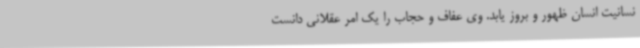
نسانیت انسان ظهور و بروز یابد. وی عفاف و حجاب را یک امر عقلانی دانست